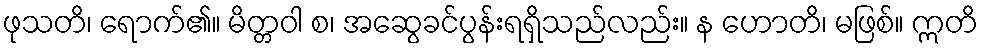
ဖုသတိ၊ ရောက်၏။ မိတ္တဝါ စ၊ အဆွေခင်ပွန်းရရှိသည်လည်း။ န ဟောတိ၊ မဖြစ်။ ဣတိ